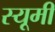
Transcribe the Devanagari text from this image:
स्यूमी